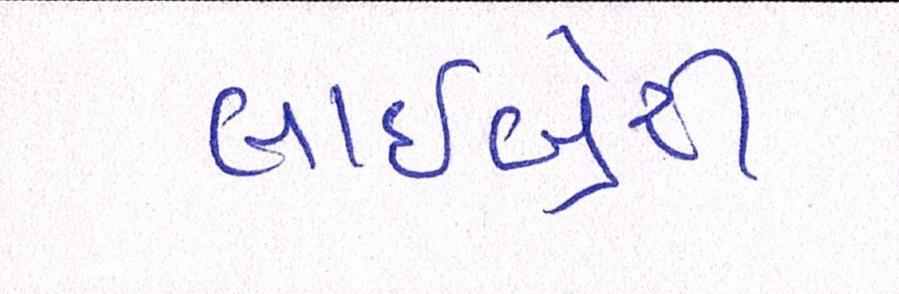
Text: લાઇબ્રેરી